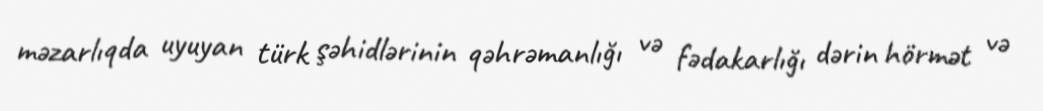
məzarlıqda uyuyan türk şəhidlərinin qəhrəmanlığı və fədakarlığı dərin hörmət və